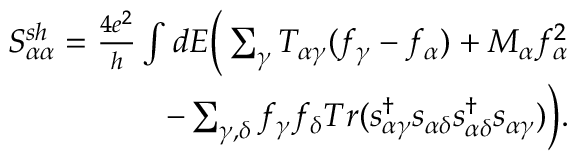
\begin{array} { r } { { S _ { \alpha \alpha } ^ { s h } } = \frac { 4 e ^ { 2 } } { h } \int d E \bigg ( \sum _ { \gamma } T _ { \alpha \gamma } ( f _ { \gamma } - f _ { \alpha } ) + M _ { \alpha } f _ { \alpha } ^ { 2 } } \\ { - \sum _ { \gamma , \delta } f _ { \gamma } f _ { \delta } T r ( s _ { \alpha \gamma } ^ { \dagger } s _ { \alpha \delta } s _ { \alpha \delta } ^ { \dagger } s _ { \alpha \gamma } ) \bigg ) . } \end{array}